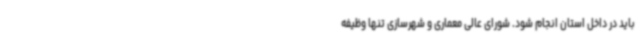
باید در داخل استان انجام شود. شورای عالی معماری و شهرسازی تنها وظیفه